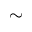
\sim